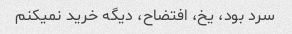
سرد بود، یخ، افتضاح، دیگه خرید نمیکنم